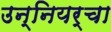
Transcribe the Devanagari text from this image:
उन्नियर्चा